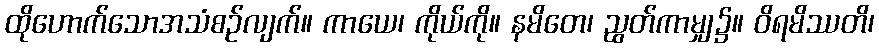
ထိုဟောက်သောအသံစဉ်လျက်။ ကာယေ၊ ကိုယ်ကို။ နမိတေ၊ ညွတ်ကာမျှ၌။ ဝိရမိဿတိ၊